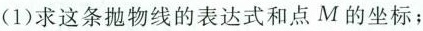
(1)求这条抛物线的表达式和点M的坐标；